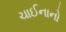
ચાઈનાનો